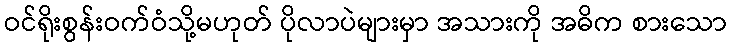
ဝင်ရိုးစွန်းဝက်ဝံသို့မဟုတ် ပိုလာပဲများမှာ အသားကို အဓိက စားသော